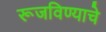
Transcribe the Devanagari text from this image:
रूजविण्याचे